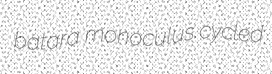
batara monoculus cycled